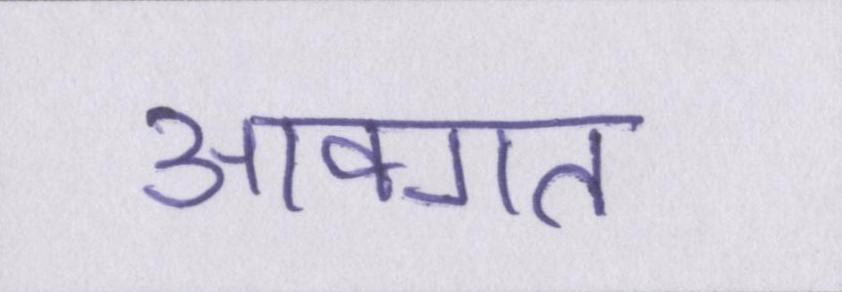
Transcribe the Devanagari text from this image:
आवगत